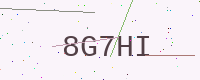
Text: 8G7HI